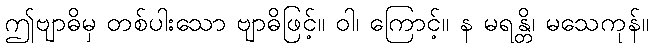
ဤဗျာဓိမှ တစ်ပါးသော ဗျာဓိဖြင့်။ ဝါ၊ ကြောင့်။ န မရန္တိ၊ မသေကုန်။